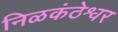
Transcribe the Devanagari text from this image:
निळकंठेश्वर